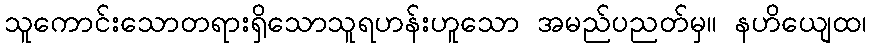
သူကောင်းသောတရားရှိသောသူရဟန်းဟူသော အမည်ပညတ်မှ။ နဟိယျေထ၊